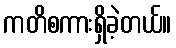
ကတိစကားရှိခဲ့တယ်။